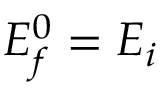
E _ { f } ^ { 0 } = E _ { i }